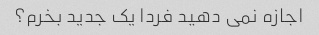
اجازه نمی دهید فردا یک جدید بخرم؟